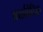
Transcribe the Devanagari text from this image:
अथर्ववैदिक